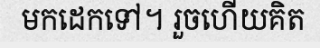
មកដេកទៅ។ រួចហើយគិត